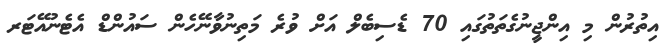
އިތުރުން މި އިންޖީނުގެތަތުގައި 70 ޑެސިބެލް އަށް ވުރެ މަތިނުވާނޭހެން ސައުންޑް އެޓެނުއޭޓަރ